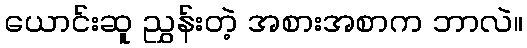
ယောင်းဆူ ညွှန်းတဲ့ အစားအစာက ဘာလဲ။